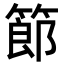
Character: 𥱳